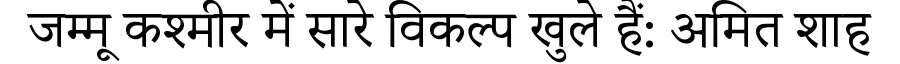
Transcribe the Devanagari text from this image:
जम्मू कश्मीर में सारे विकल्प खुले हैं: अमित शाह